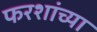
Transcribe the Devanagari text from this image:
फरशांच्या